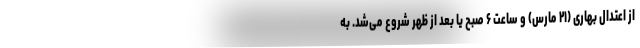
از اعتدال بهاری (۲۱ مارس) و ساعت ۶ صبح یا بعد از ظهر شروع می‌شد. به